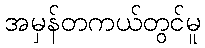
အမှန်တကယ်တွင်မူ